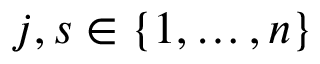
j , s \in \{ 1 , \ldots , n \}